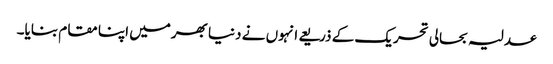
عدلیہ بحالی تحریک کے ذریعے انہوں نے دنیا بھرمیں اپنا مقام بنایا۔